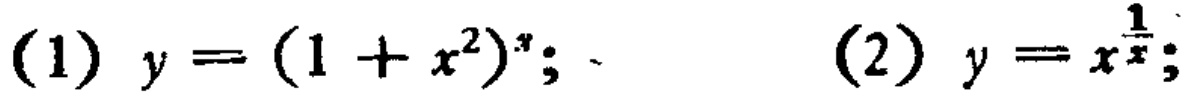
(1) \(y=(1 + x^{2})^{x}\); (2) \(y = x^{\frac{1}{x}}\)